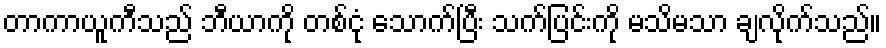
တာကာယူကီသည် ဘီယာကို တစ်ငုံ သောက်ပြီး သက်ပြင်းကို မသိမသာ ချလိုက်သည်။